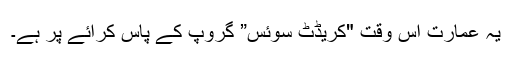
یہ عمارت اس وقت "کریڈٹ سوئس” گروپ کے پاس کرائے پر ہے۔